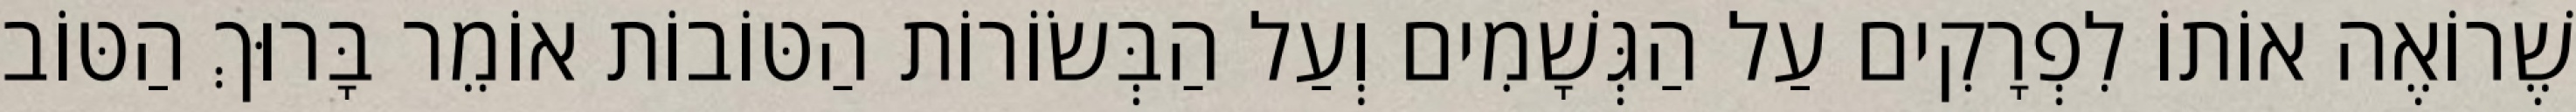
שֶׁרוֹאֶה אוֹתוֹ לִפְרָקִים עַל הַגְּשָׁמִים וְעַל הַבְּשׂוֹרוֹת הַטּוֹבוֹת אוֹמֵר בָּרוּךְ הַטּוֹב